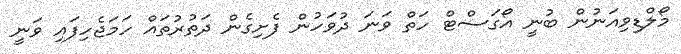
މޯލްޑިވިއަނުން ބުނީ އޯގަސްޓް ހަތް ވަނަ ދުވަހުން ފެށިގެން ދަތުރުތައް ހަމަޖެހިފައި ވަނީ